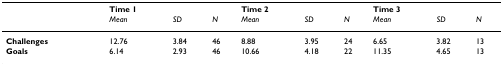
<table><thead><tr><td></td><td></td><td><b>Time 1</b></td><td></td><td></td><td><b>Time 2</b></td><td></td><td></td><td><b>Time 3</b></td><td></td><td></td></tr><tr><td></td><td></td><td><b><i>Mean</i></b></td><td><b><i>SD</i></b></td><td><b><i>N</i></b></td><td><b><i>Mean</i></b></td><td><b><i>SD</i></b></td><td><b><i>N</i></b></td><td><b><i>Mean</i></b></td><td><b><i>SD</i></b></td><td><b><i>N</i></b></td></tr></thead><tbody><tr><td><b>Challenges</b></td><td></td><td>12.76</td><td>3.84</td><td>46</td><td>8.88</td><td>3.95</td><td>24</td><td>6.65</td><td>3.82</td><td>13</td></tr><tr><td><b>Goals</b></td><td></td><td>6.14</td><td>2.93</td><td>46</td><td>10.66</td><td>4.18</td><td>22</td><td>11.35</td><td>4.65</td><td>13</td></tr></tbody></table>